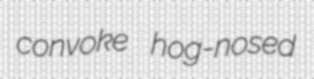
convoke hog-nosed